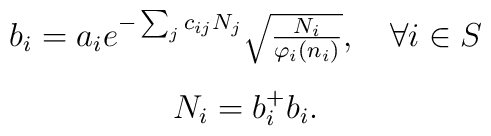
\begin{array}{c}b_{i}=a_{i} e^{-\sum_{j}c_{ij}N_{j}}\sqrt{\frac{N_{i}}{\varphi_{i}(n_{i})}},\quad \forall i \in S\\[4mm]N_{i}=b_{i}^{+}b_{i}.\end{array}